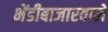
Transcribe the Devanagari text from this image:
भेंडीबाजारवालें